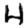
Digit: 4